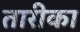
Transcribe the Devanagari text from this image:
तारीका